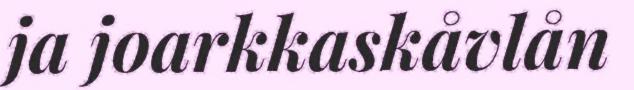
ja joarkkaskåvlån